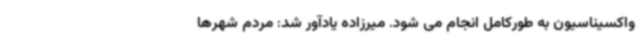
واکسیناسیون به طورکامل انجام می ‌شود. میرزاده یادآور شد: مردم شهرها